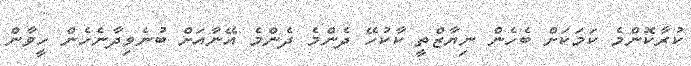
ކުރާކޮންމެ ކަމަކަށް ބެހެން ނިޔާޒްތީ ކާކުހޭ ދެންމެ ދެންމެ އޭނާއަށް ބުނެވިދާނެހެން ހީވާން